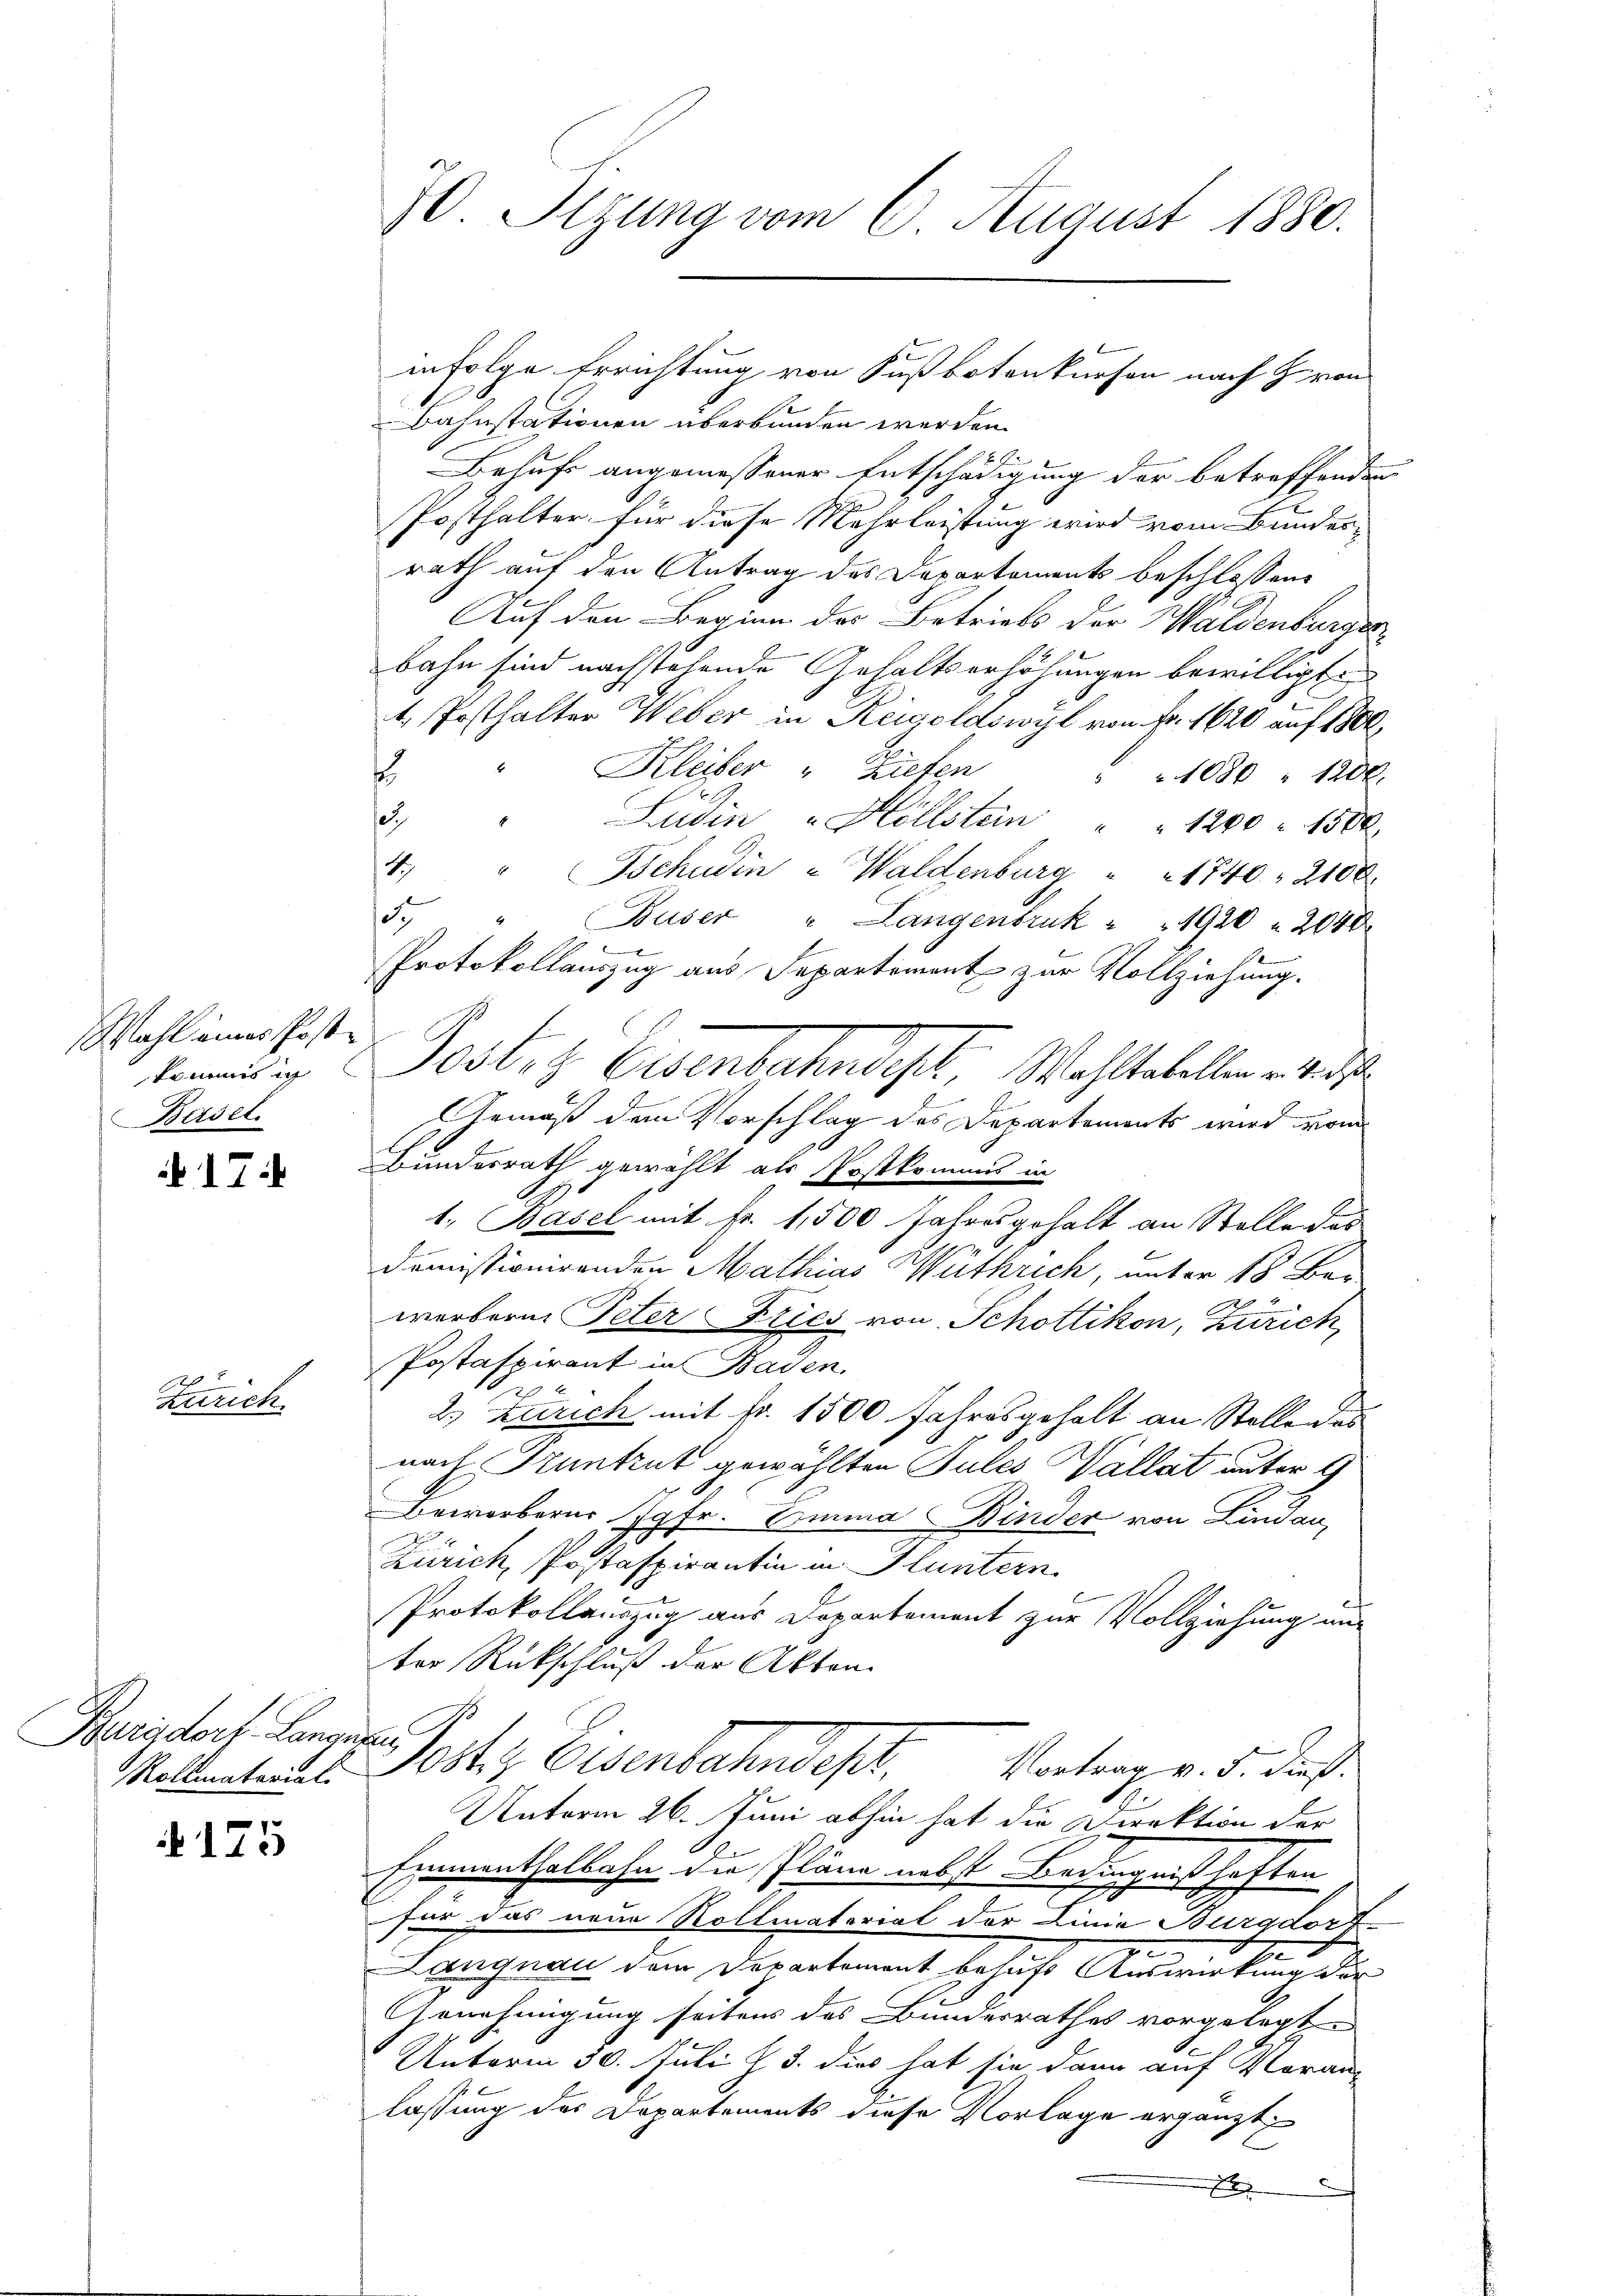
Wahl eines Postkommis ic
Basel.

17

Zürich.

Burgdorf Languten,
Rollmatorial

175

70. Itzung vom 6. August 1880.

1
Bahnstationen überbunden werden.
6 Fr
Behufs angemessener Entschädigung der betreffenden
Posthalter für diese Mehrleistung wird vom Bundes-
rath auf den Antrag des Departements beschlossene
Auf den Beginn des Betriebs der Waldenburger
bahn sind nachstehende Gehaltserhöhungen bewilligte
4. Posthalter Weber in Reisoldswyl von Fr. 1620 auf 1800.
E
Kleiber " Ziefen
s
1080 " 1200.
e
Südin "Hillstein " " 1200 " 1500.
4. " Tschudin - Waldenburg " " 1740. 2100.
137
Buser " Langenbruk " " 1920 " 2040
2
Protokollauszug aus Departement zur Vollziehung.
.
Gemäß dem Vorschlag des Departements wird vom
Bundesrath gewählt als Postkommis in
1. Basel mit Fr. 1,500 Jahresgehalt an Stelle das
domissionirenden Mathias Wüthrich, unter 18 Ben
werbern Peter Kries von Schottikon, Zürich,
Postaspirant in Baden.
2 x
2.) Zürich mit Nr. 1500 Jahresgehalt an Stelle des
nach Truntrut gewählten Jules Wallat unter 4
Bewerberer Jgfr. Emma Binder von Lindau,
Zürich, Postaspirantin in Fluntern.
Protokollauszug aus Departement zur Vollziehung und
ter Rückschluß der Akten.
Portes Eisenbahndes,
Vortrag v. 5. dieß.
Unterm 26. Juni abhin hat die Direktion der
Einnenthalbahn die Pläne nebst Bedingnißhaften
für das neue Woltmatorial der Linie Burgdorf
Langnau dem Departement behufs Auswirkung der
Genehmigung seitens des Bunderrathes vorgelegt
Unterm 30. Juli J. J. dies hat sie dann auf Moran-
lassung des Departements diese Vorlage ergänzt,
x

Postitz Eisenbahnbeste Wahltabellen re

infolge Errichtung von Fußbotenkürfen nach Zvon